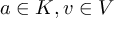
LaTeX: a \in K , v \in V